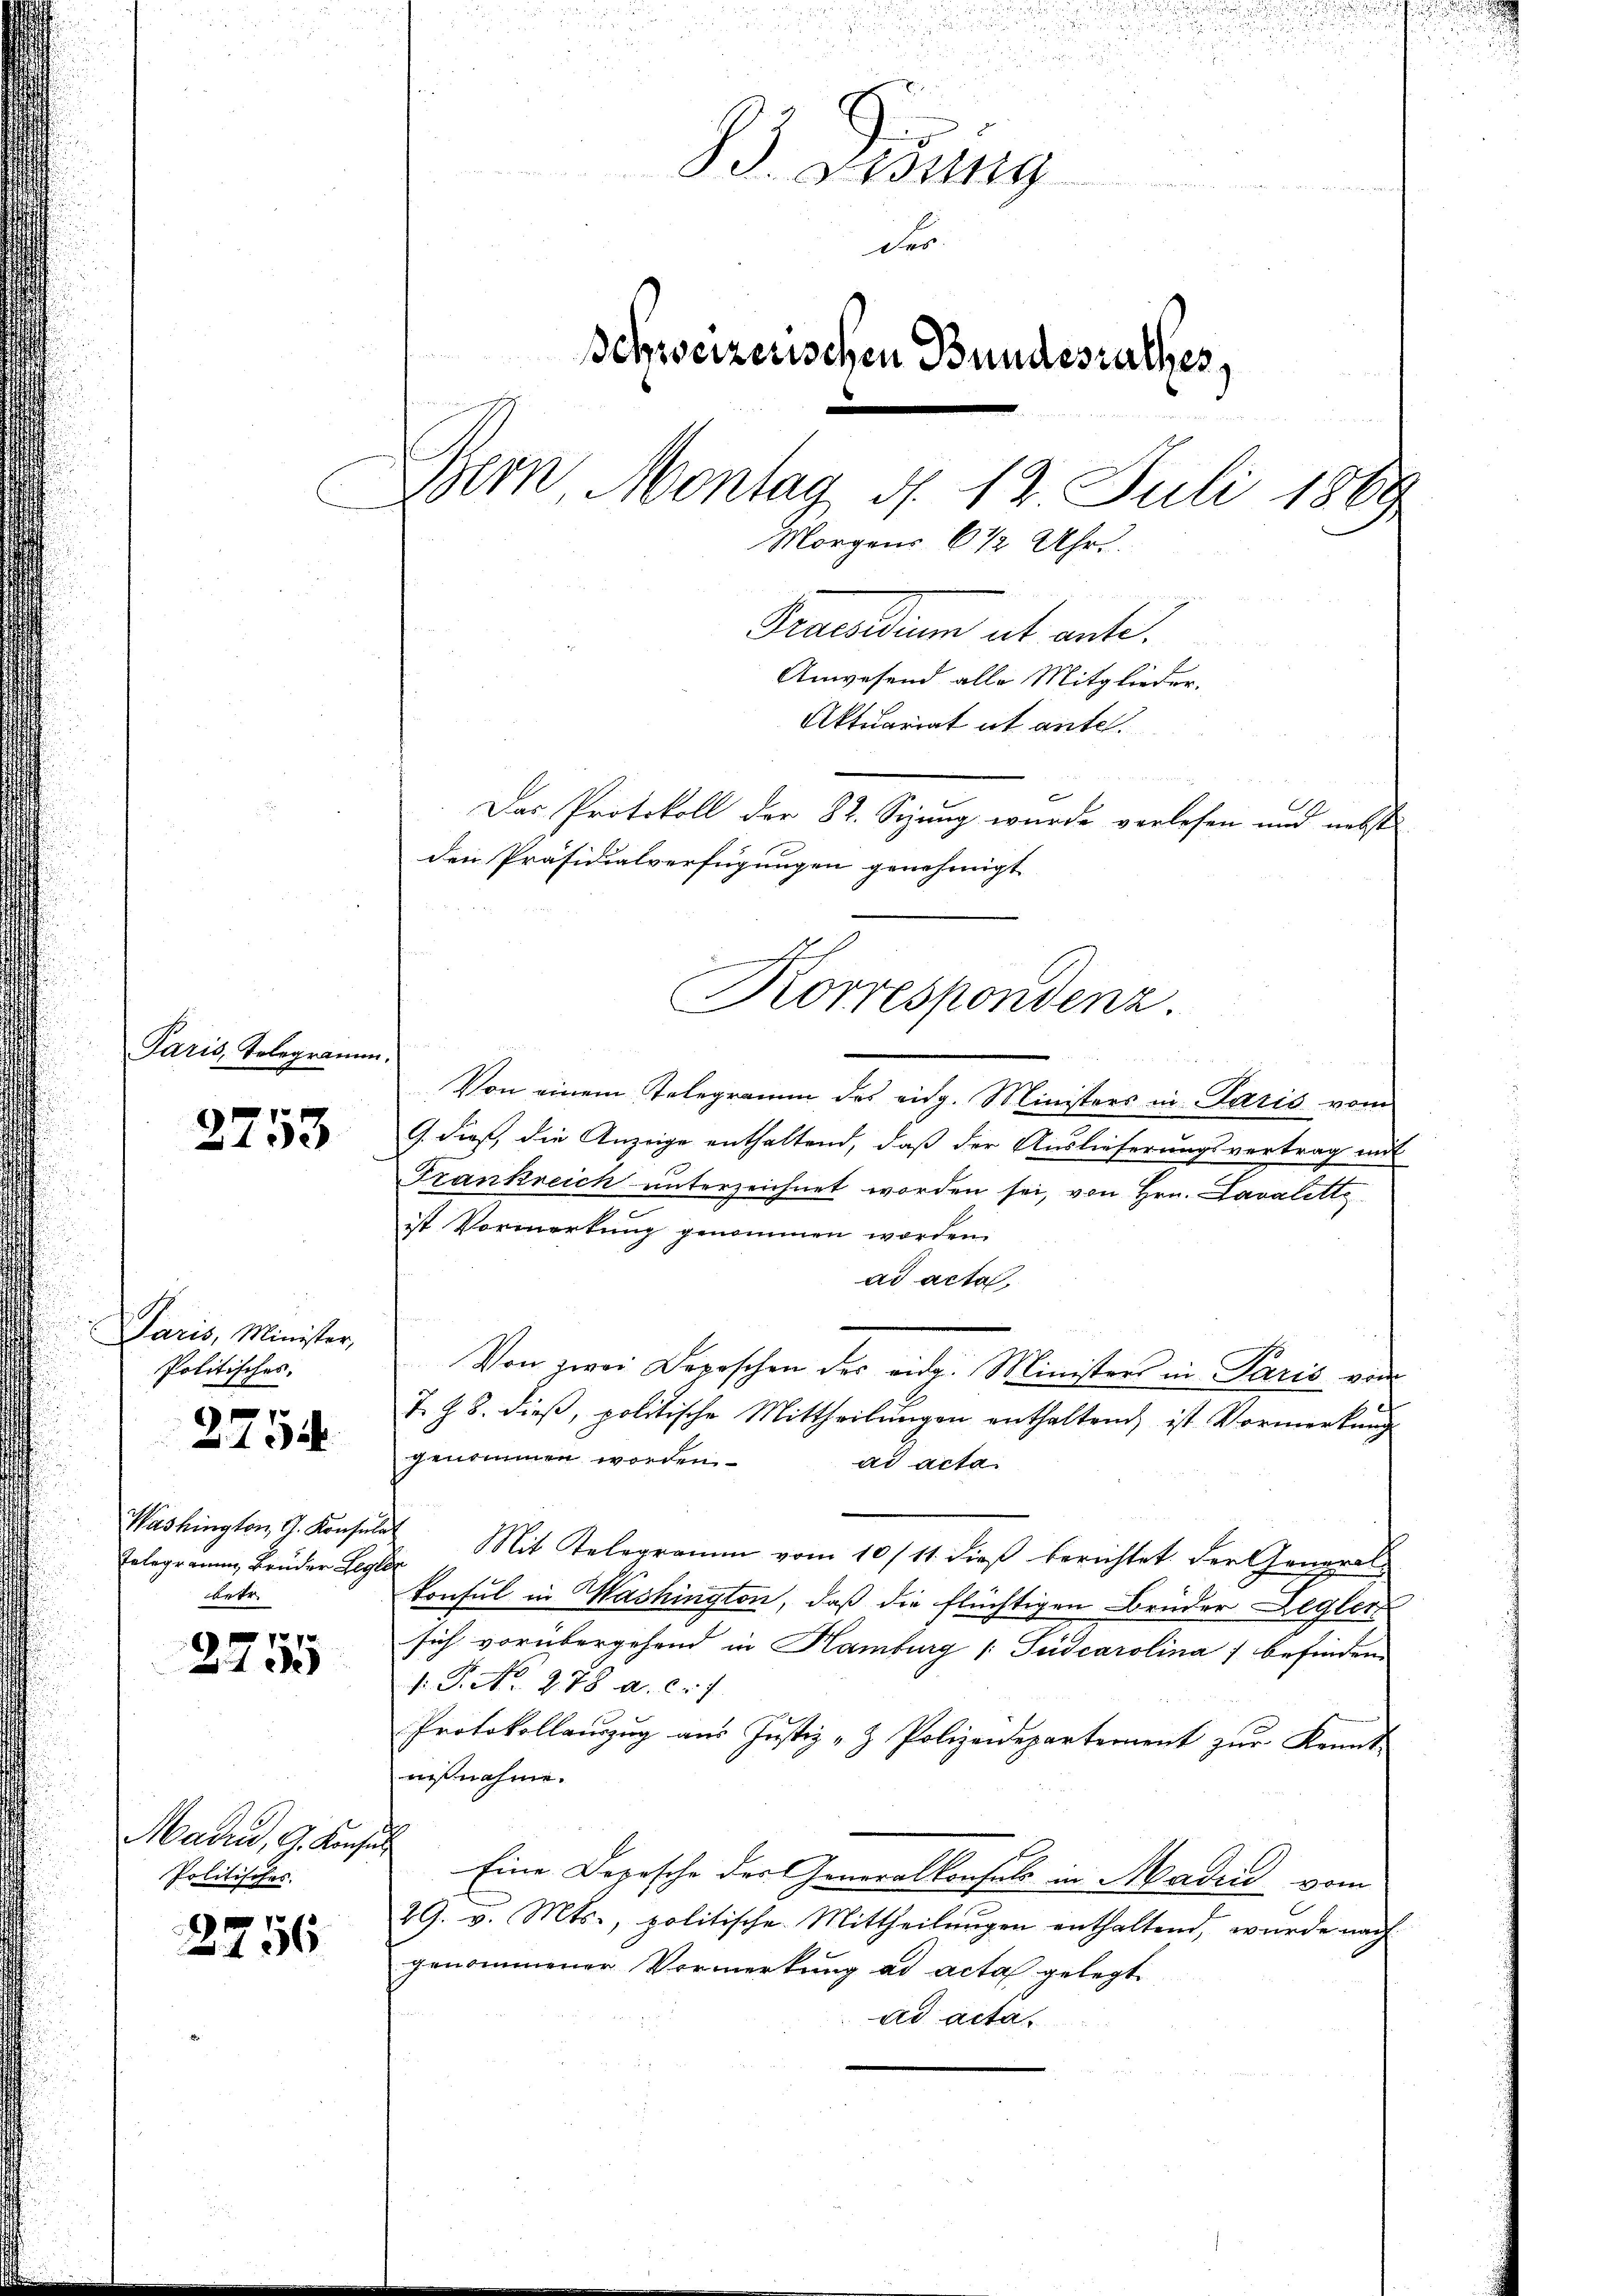
Paris, Telegramm

2753

Paris, Minister,
Politisches.

2754

Washington G. Konsen
Telegramm, Brüder Gege
betr.

2755

Madrid, G. Konse
Politisches.

2756

B. Gesung
   den
des
Schweizerischen Bundesrathes,
Bern Montag d. 12. Juli 1869
Morgens 6 1/2 Uhr.
Gruendium ut ante.
Anwesend alle Mitglieder.
Aktuariat et ante.
Das Protokoll der 82. Sizung wurde verlesen und nebste
den Präsidialverfügungen genehmigt

Korrespondenz.

s
Von einem Telegramm des eidg. Ministers in Paris vom
. dieß, die Anzeige enthaltend, daß der Auslieferungsvertrag mit
Frankreich unterzeichnet worden sei, von Hrn. Lavalette
ist Vormerkung genommen worden.
ad acta.
Von zwei Depeschen des eidg. Ministers in Paris vom
T. Z. 8. dieβ, politische Mittheilŭngen enthaltend, ist Vormerkung
genommen worden
ad acta
 Mit Telegramm vom 10/11. dieß berichtet der General-
konsul in Washington, daß die flüchtigen Brüder Regler
sich vorübergehend in Hamburg (Suidcarolina) befinden.
V. P. No. 278 a. c. f
Protokollanzug aus Justiz- & Polizeidepartement zur Kennt-
nißnahme.
7
Eine Depesche der Generalkonsuls in Madin vom
29. v. Mts., politische Mittheilungen enthaltend, wurde nach
genommener Vormerkung ad acta gelegt
ad acta.